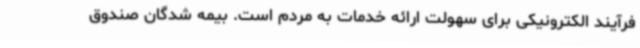
فرآیند الکترونیکی برای سهولت ارائه خدمات به مردم است. بیمه شدگان صندوق